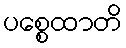
ပစ္စေထာတိ